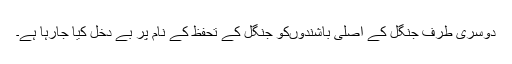
دوسری طرف جنگل کے اصلی باشندوںکو جنگل کے تحفظ کے نام پر بے دخل کیا جارہا ہے۔